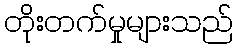
တိုးတက်မှုများသည်